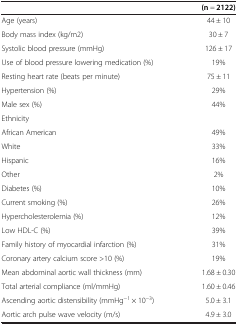
|  | (n = 2122) |
 | --- | --- |
 | Age (years) | 44 ± 10 |
 | Body mass index (kg/m2) | 30 ± 7 |
 | Systolic blood pressure (mmHg) | 126 ± 17 |
 | Use of blood pressure lowering medication (%) | 19% |
 | Resting heart rate (beats per minute) | 75 ± 11 |
 | Hypertension (%) | 29% |
 | Male sex (%) | 44% |
 | Ethnicity |  |
 | African American | 49% |
 | White | 33% |
 | Hispanic | 16% |
 | Other | 2% |
 | Diabetes (%) | 10% |
 | Current smoking (%) | 26% |
 | Hypercholesterolemia (%) | 12% |
 | Low HDL-C (%) | 39% |
 | Family history of myocardial infarction (%) | 31% |
 | Coronary artery calcium score >10 (%) | 19% |
 | Mean abdominal aortic wall thickness (mm) | 1.68 ± 0.30 |
 | Total arterial compliance (ml/mmHg) | 1.60 ± 0.46 |
 | Ascending aortic distensibility (mmHg−1 × 10−3) | 5.0 ± 3.1 |
 | Aortic arch pulse wave velocity (m/s) | 4.9 ± 3.0 |